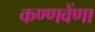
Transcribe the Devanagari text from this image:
कण्णवेंणा